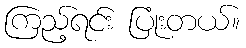
ကြည့်ရင်း ပြုံးတယ်။